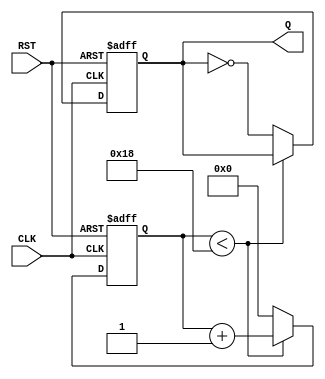
module divide_by_50(Q,CLK,RST);
input CLK, RST;
output Q;
reg Q;
reg [4:0] count;
always @ (posedge CLK or negedge RST)
	begin
		if (~RST)
			begin
				Q <= 1'b0;
				count <= 5'b00000;
			end
		else if (count < 24)
			begin 
			 	count <= count+1'b1;
			end
		else 
			begin
				count <= 5'b00000;
				Q <= ~Q;
			end
	end
endmodule